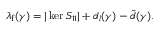
\lambda _ { \mathrm { f } } ( \gamma ) = | \ker S _ { 1 1 } | + d _ { l } ( \gamma ) - \widetilde d ( \gamma ) .